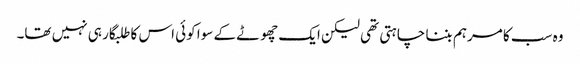
وہ سب کا مرہم بننا چاہتی تھی لیکن ایک چھوٹے کے سوا کوئی اس کا طلبگار ہی نہیں تھا۔